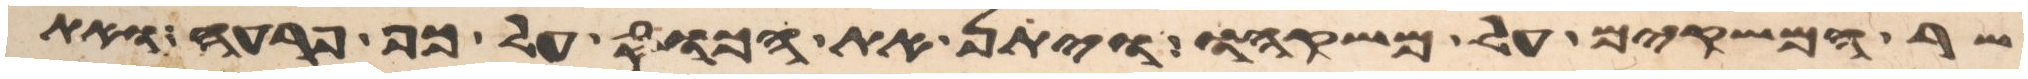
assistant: שר המשקים על משקהו ויתן את הכוס על כף פרעה ואת